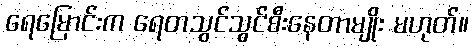
ရေမြောင်းက ရေတသွင်သွင်စီးနေတာမျိုး မဟုတ်။